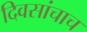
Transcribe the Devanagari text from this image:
दिवसांचाच